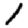
Digit: 1